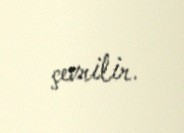
çevrilir.